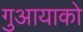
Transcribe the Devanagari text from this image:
गुआयाको